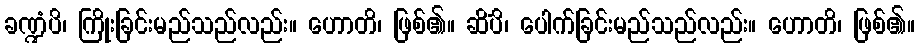
ခဏ္ဍံပိ၊ ကြိုးခြင်းမည်သည်လည်း။ ဟောတိ၊ ဖြစ်၏။ ဆိံပိ၊ ပေါက်ခြင်းမည်သည်လည်း။ ဟောတိ၊ ဖြစ်၏။